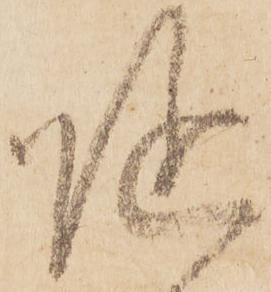
従